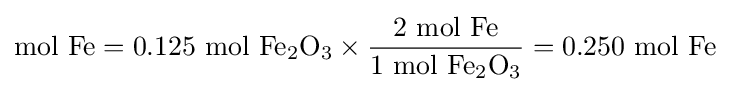
{\mathrm {mol} ~\mathrm {Fe} }=0.125\ {\mathrm {mol} ~\mathrm {Fe} {\vphantom {A}}_{\smash[{t}]{2}}\mathrm {O} {\vphantom {A}}_{\smash[{t}]{3}}}\times {\frac {2~\mathrm {mol} ~\mathrm {Fe} }{1~\mathrm {mol} ~\mathrm {Fe} {\vphantom {A}}_{\smash[{t}]{2}}\mathrm {O} {\vphantom {A}}_{\smash[{t}]{3}}}}=0.250~{\mathrm {mol} ~\mathrm {Fe} }